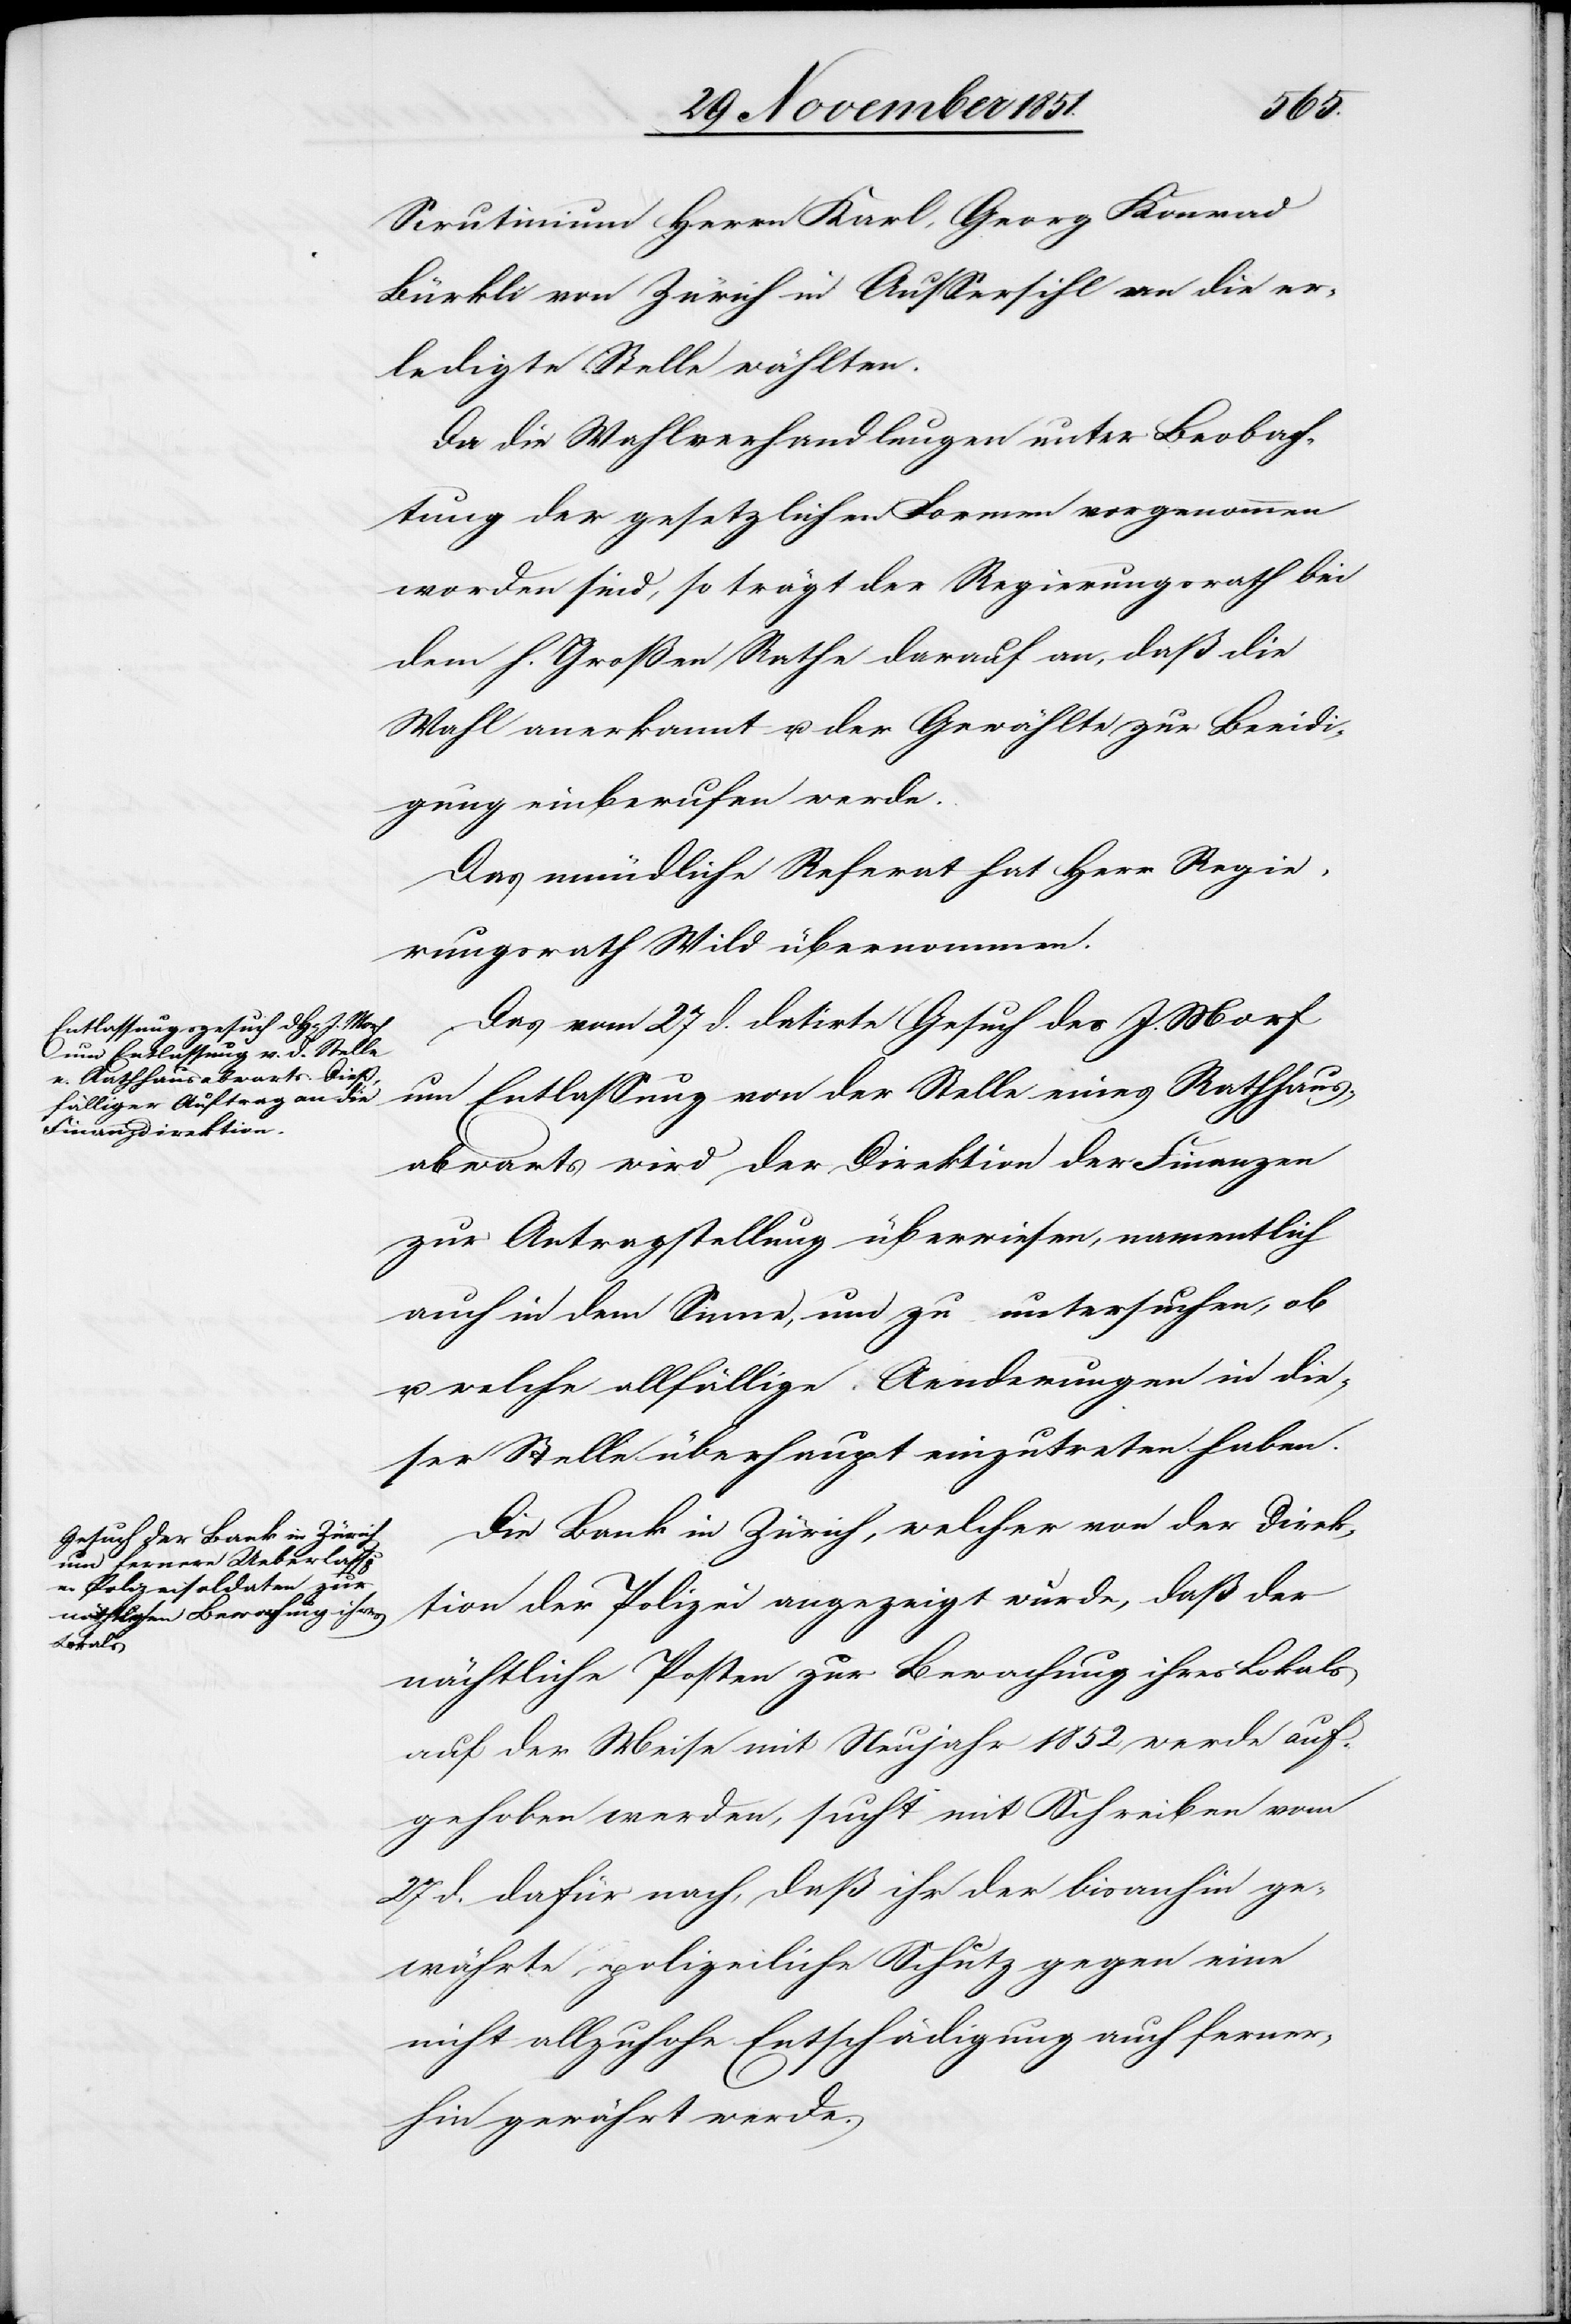
Scrutinium Herrn Karl, Georg Konrad
Bürkli von Zürich in Aussersihl an die er¬
ledigte Stelle wählten.
Da die Wahlverhandlungen unter Beobach¬
tung der gesetzlichen Formen vorgenommen
worden sind, so trägt der Regierungsrath bei
dem h. Großen Rathe darauf an, daß die
Wahl anerkannt u. der Gewählte zur Beeidi¬
gung einberufen werde.
Das mündliche Referat hat Herr Regie¬
rungsrath Wild übernommen.
Das vom 27 d. datirte Gesuch des J. Morf
um Entlassung von der Stelle eines Rathhaus¬
abwarts wird der Direktion der Finanzen
zur Antragstellung überwiesen, namentlich
auch in dem Sinne, um zu untersuchen, ob
welche allfällige Aenderungen in die¬
ser Stelle überhaupt einzutreten haben.
Die Bank in Zürich, welcher von der Direk¬
tion der Polizei angezeigt wurde, daß der
nächtliche Posten zur Bewachung ihres Lokals
auf der Meise mit Neujahr 1852 werde auf¬
gehoben werden, sucht mit Schreiben vom
27 d. dafür nach, daß ihr der bisanhin ge¬
währte, polizeiliche Schutz gegen eine
nicht allzuhohe Entschädigung auch ferner¬
hin gewährt werde.